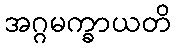
အဂ္ဂမက္ခာယတိ